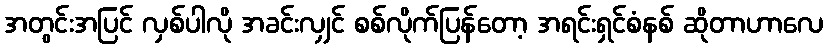
အတွင်းအပြင် လှစ်ပါလို အခင်းလျှင် စစ်လိုက်ပြန်တော့ အရင်းရှင်စံနစ် ဆိုတာဟာလေ